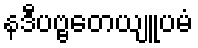
နဒီပဗ္ဗတေယျူပမံ